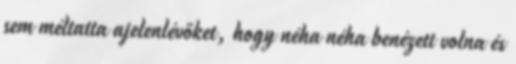
sem méltatta ajelenlévőket, hogy néha néha benézett volna és